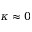
\kappa \approx 0